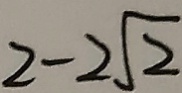
2 - 2 \sqrt { 2 }